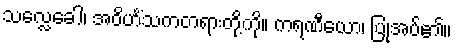
သလ္လေခေါ၊ အဝိဟိံသကတရားတို့ကို။ ကရဏီယော၊ ပြုအပ်၏။